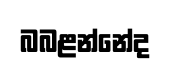
බබළන්නේද